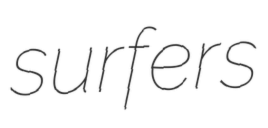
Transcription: surfers